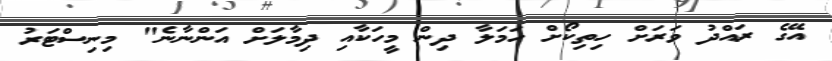
އޭގެ ރައްދު ވަރަށް ހިތިކޯށް ހަމަލާ ދިން މީހަކާއި ދިމާލަށް އަންނާނެ" މިނިސްޓަރު